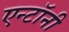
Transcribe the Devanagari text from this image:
एन्टॉनी